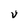
Character: v